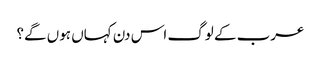
عرب کے لوگ اس دن کہاں ہوں گے؟